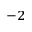
^ { - 2 }